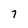
Character: 7